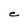
Character: e